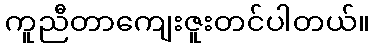
ကူညီတာကျေးဇူးတင်ပါတယ်။